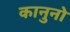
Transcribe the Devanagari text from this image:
कानुनो